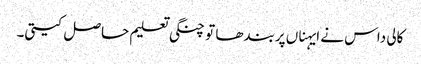
کالی داس نے ایہناں پربندھا تو چنگی تعلیم حاصل کیتی۔